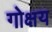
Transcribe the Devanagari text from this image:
गोक्षय